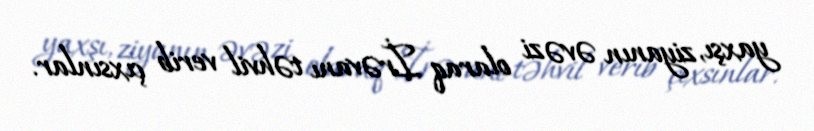
yaxşı, ziyanın əvəzi olaraq İrəvanı təhvil verib çıxsınlar.